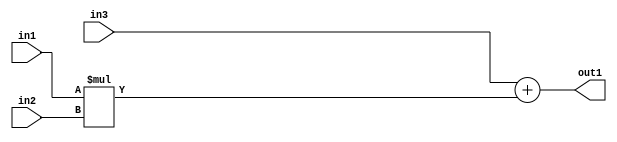
`timescale 1ps / 1ps
/*****************************************************************************
    Verilog RTL Description
    
    
    Created by: Stratus DpOpt 2019.1.01 
*******************************************************************************/

module GaussFilter_Add2Mul2s32s32s32_4 (
	in3,
	in2,
	in1,
	out1
	); /* architecture "behavioural" */ 
input [31:0] in3,
	in2,
	in1;
output [31:0] out1;
wire [31:0] asc001;

wire [31:0] asc001_tmp_0;
assign asc001_tmp_0 = 
	+(in3);
assign asc001 = asc001_tmp_0
	+(in1 * in2);

assign out1 = asc001;
endmodule

/* CADENCE  uLDyQgw= : u9/ySgnWtBlWxVPRXgAZ4Og= ** DO NOT EDIT THIS LINE ******/